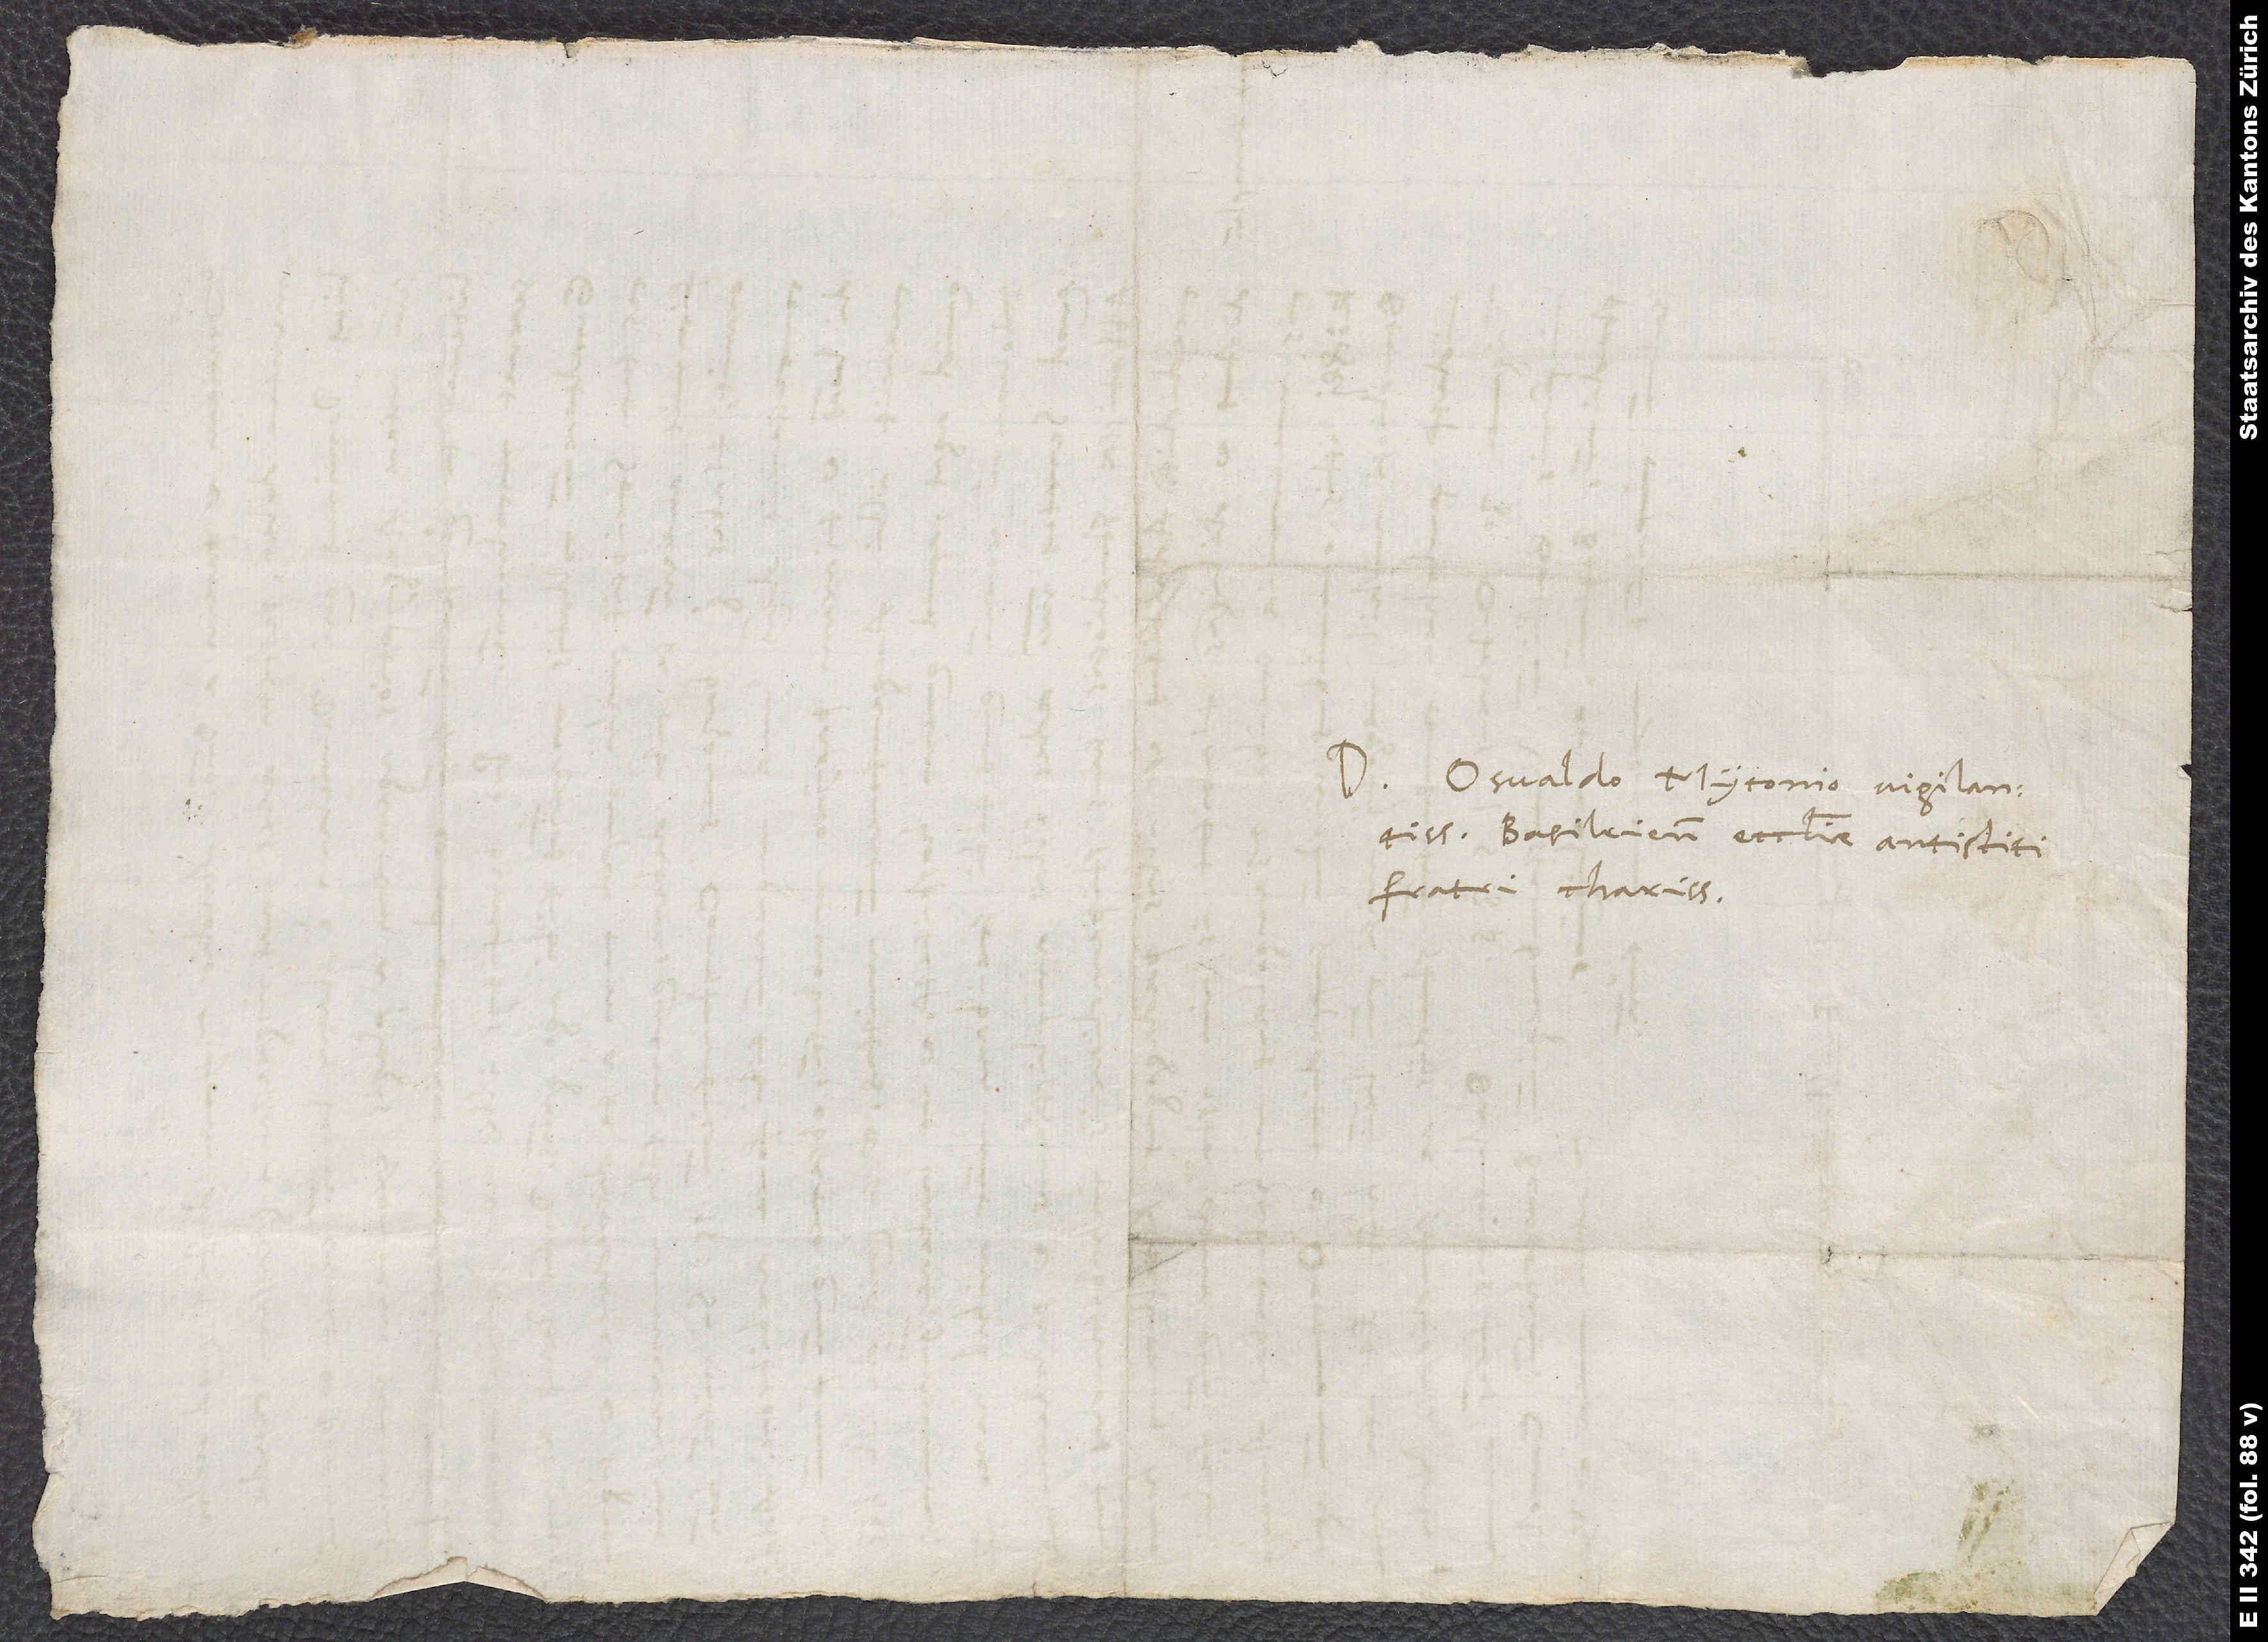
Domino Osvaldo Myconio, vigilantissimo
Basileiensis ecclesiae antistiti,
fratri charissimo.